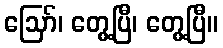
ဪ၊ တွေ့ပြီ၊ တွေ့ပြီ။